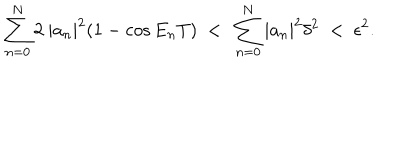
\sum _ { n = 0 } ^ { N } 2 \ | a _ { n } | ^ { 2 } ( 1 - \cos E _ { n } T ) \ < \ \sum _ { n = 0 } ^ { N } | a _ { n } | ^ { 2 } \delta ^ { 2 } \ < \ \epsilon ^ { 2 } .